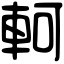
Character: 軻